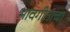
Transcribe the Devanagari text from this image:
भावगीताचा